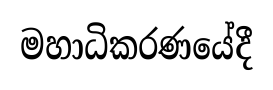
මහාධිකරණයේදී